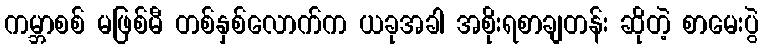
ကမ္ဘာစစ် မဖြစ်မီ တစ်နှစ်လောက်က ယခုအခါ အစိုးရစာချတန်း ဆိုတဲ့ စာမေးပွဲ